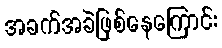
အခက်အခဲဖြစ်နေကြောင်း